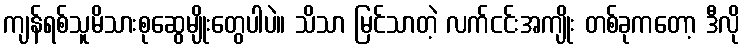
ကျန်ရစ်သူမိသားစုဆွေမျိုးတွေပါပဲ။ သိသာ မြင်သာတဲ့ လက်ငင်းအကျိုး တစ်ခုကတော့ ဒီလို